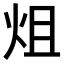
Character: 𤇅